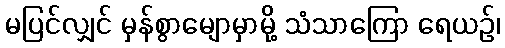
မပြင်လျှင် မှန်စွာမျောမှာမို့ သံသာကြော ရေယဉ်၊